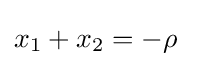
x_{1}+x_{2}=-\rho \;